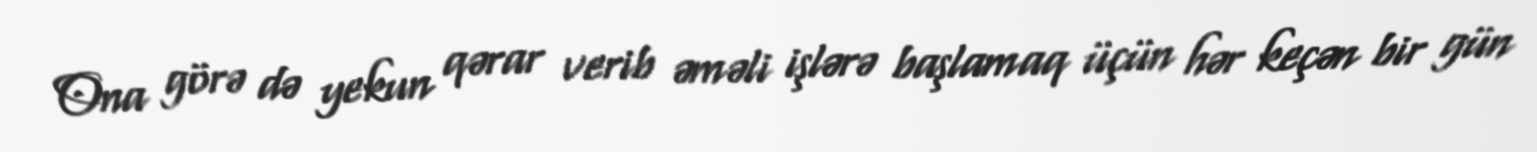
Ona görə də yekun qərar verib əməli işlərə başlamaq üçün hər keçən bir gün